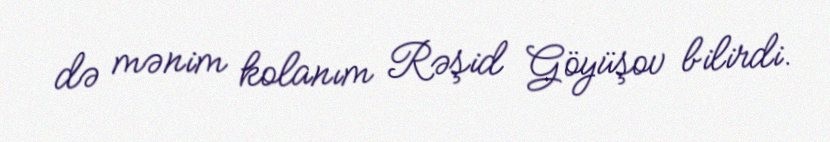
də mənim kolanım Rəşid Göyüşov bilirdi.